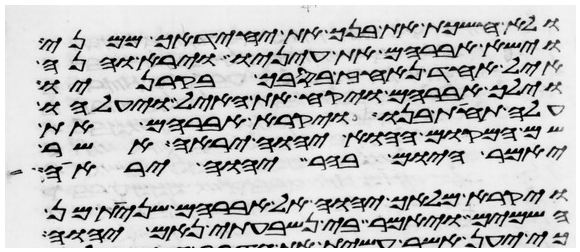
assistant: ולא חשכת את בנך את יחידך ממני
וישא אברהם את עיניו וירא והנה
איל אחד נאחז בסבך בקרניו
וילך אברהם ויקח את האיל ויעלהו
עלה תחת בנו ויקרא אברהם את
שם המקום ההוא יהוה יראה אשר
יאמר היום בהר יהוה יראה
ויקרא מלאך יהוה אל אברהם שנית מן
השמים ויאמר בי נשבעתי נאם יהוה